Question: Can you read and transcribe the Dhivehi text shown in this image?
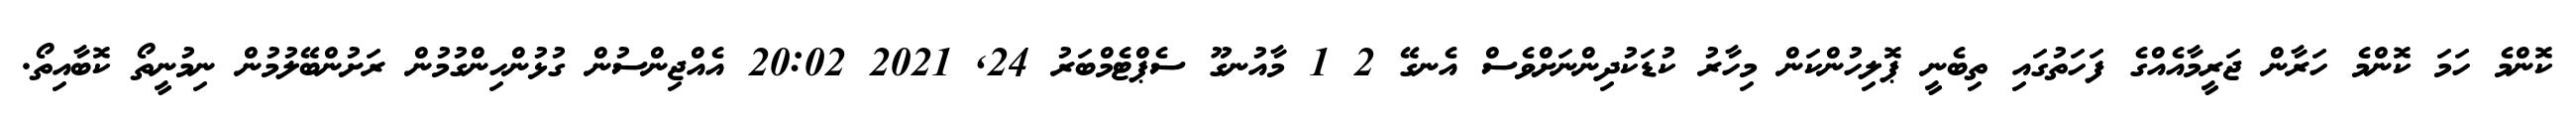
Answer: ކޮންމެ ހަމަ ކޮންމެ ހަރާން ޖަރީމާއެއްގެ ފަހަތުގައި ތިބެނީ ޕޮލިހުންކަން މިހާރު ކުޑަކުދިންނަށްވެސް އެނގޭ 2 1 މާއުނގޫ ސެޕްޓެމްބަރު 24, 2021 20:02 އެއްޖިންސުން ގުޅުންހިންގުމުން ރަށުންބޭލުމުން ނިމުނީތޯ ކޮބާއިތޯ.